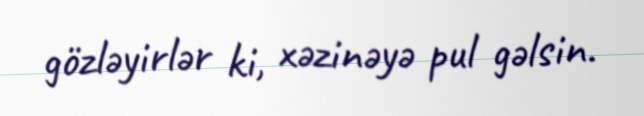
gözləyirlər ki, xəzinəyə pul gəlsin.